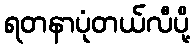
ရတနာပုံတယ်လီပို့